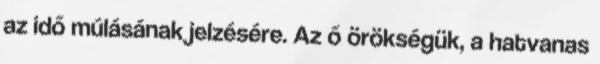
az idő múlásának jelzésére. Az ő örökségük, a hatvanas